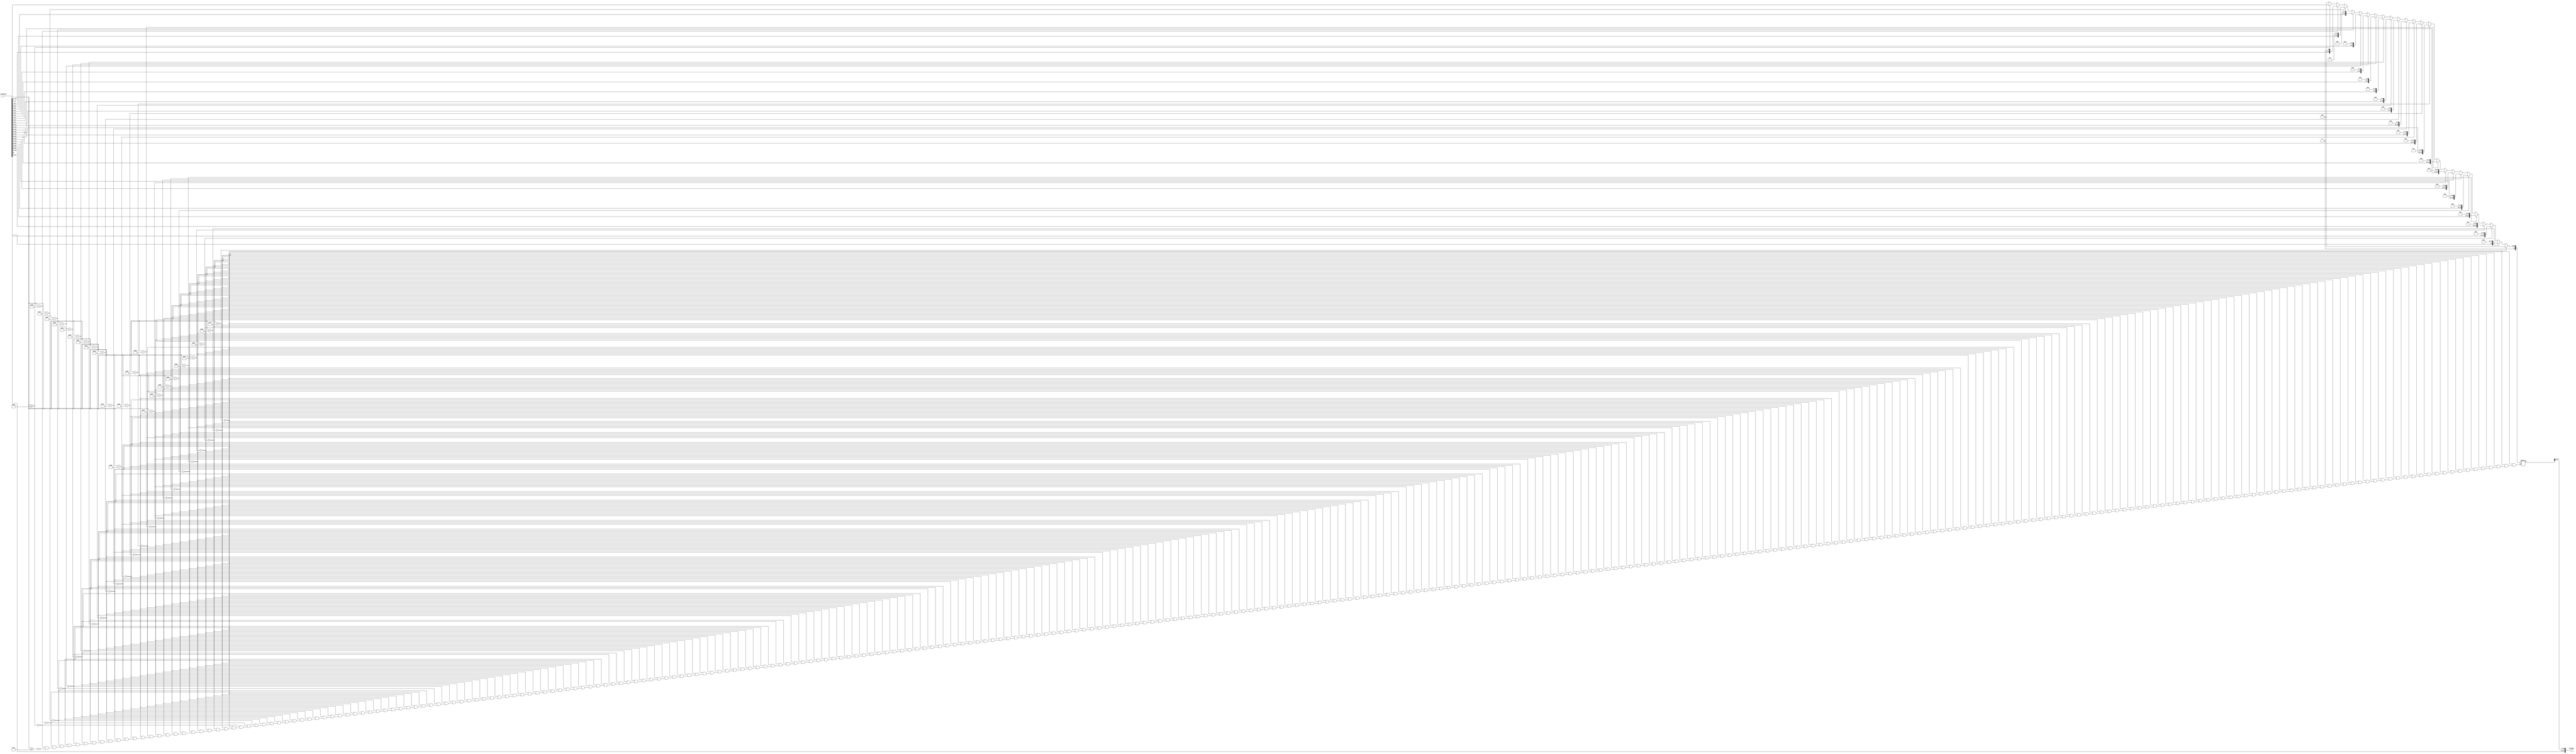
////////////////////////////////////////////////////////////////////////////////////////////////////////////////////
//Project Name: Design of 32 Bit Floating Point ALU Based on Standard IEEE-754 in Verilog and its implementation on FPGA.
//University: Dayalbagh Educational Institute
////////////////////////////////////////////////////////////////////////////////////////////////////////////////////
`timescale 1ns/100ps

module Floating_Point_to_Integer(
		input [31:0] a_operand,
		output [31:0] Integer
		);

reg [23:0] Integer_Value;

always @(*)
begin
	if (a_operand[30:23] == 8'd127)
			begin
				Integer_Value = 23'd0;
			end

	else if (a_operand[30:23] == 8'd128)
			begin
				Integer_Value = {a_operand[22],22'd0};
				 
			end

	else if (a_operand[30:23] == 8'd129)
			begin
				Integer_Value = {a_operand[22:21],21'd0};
				 
			end

	else if (a_operand[30:23] == 8'd130)
			begin
				Integer_Value = {a_operand[22:20],20'd0};
				 
			end

	else if (a_operand[30:23] == 8'd131)
			begin
				Integer_Value = {a_operand[22:19],19'd0};
				 
			end

	else if (a_operand[30:23] == 8'd132)
			begin
				Integer_Value = {a_operand[22:18],18'd0};
				 
			end

	else if (a_operand[30:23] == 8'd133)
			begin
				Integer_Value = {a_operand[22:17],17'd0};
				 
			end

	else if (a_operand[30:23] == 8'd134)
			begin
				Integer_Value = {a_operand[22:16],16'd0};
				 
			end

	else if (a_operand[30:23] == 8'd135)
			begin
				Integer_Value = {a_operand[22:15],15'd0};
				 
			end

	else if (a_operand[30:23] == 8'd136)
			begin
				Integer_Value = {a_operand[22:14],14'd0};
				 
			end

	else if (a_operand[30:23] == 8'd137)
			begin
				Integer_Value = {a_operand[22:13],13'd0};
				 
			end

	else if (a_operand[30:23] == 8'd138)
			begin
				Integer_Value = {a_operand[22:12],12'd0};
				 
			end

	else if (a_operand[30:23] == 8'd139)
			begin
				Integer_Value = {a_operand[22:11],11'd0};
				 
			end

	else if (a_operand[30:23] == 8'd140)
			begin
				Integer_Value = {a_operand[22:10],10'd0};
				 
			end

	else if (a_operand[30:23] == 8'd141)
			begin
				Integer_Value = {a_operand[22:9],9'd0};
				 
			end

	else if (a_operand[30:23] == 8'd142)
			begin
				Integer_Value = {a_operand[22:8],8'd0};
				 
			end

	else if (a_operand[30:23] == 8'd143)
			begin
				Integer_Value = {a_operand[22:7],7'd0};
				 
			end

	else if (a_operand[30:23] == 8'd144)
			begin
				Integer_Value = {a_operand[22:6],6'd0};
				 
			end

	else if (a_operand[30:23] == 8'd145)
			begin
				Integer_Value = {a_operand[22:5],5'd0};
				 
			end

	else if (a_operand[30:23] == 8'd146)
			begin
				Integer_Value = {a_operand[22:4],4'd0};
				 
			end

	else if (a_operand[30:23] == 8'd147)
			begin
				Integer_Value = {a_operand[22:3],3'd0};
				 
			end

	else if (a_operand[30:23] == 8'd148)
			begin
				Integer_Value = {a_operand[22:2],2'd0};
				 
			end

	else if (a_operand[30:23] == 8'd149)
			begin
				Integer_Value = {a_operand[22:1],1'd0};
				 
			end

	else if (a_operand[30:23] >= 8'd150)
			begin
				Integer_Value = a_operand[22:0];
				 
			end

	else if (a_operand[30:23] <= 8'd126)
			begin
				Integer_Value = 24'd0;
				 
			end
end

assign Integer = {a_operand[31:23],Integer_Value[23:1]};

endmodule